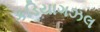
કડિયાગઝલ